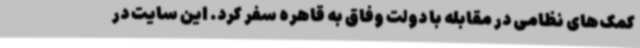
کمک‌های نظامی در مقابله با دولت وفاق به قاهره سفر کرد. این سایت در